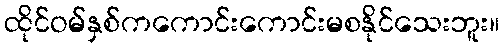
ထိုင်ဝမ်နှစ်ကကောင်းကောင်းမစနိုင်သေးဘူး။